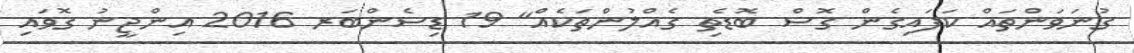
ގުނަވަންތައް ކަފައިގެން ގޮސް ބޮޑެތި ގެއްލުންތަކެއް" 19 ޑިސެންބަރ 2016 އިންޖީނު ގޮވައި